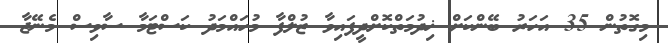
މިގޮތުން 35 އަހަރު ބޭންކަށް ޚިދުމަތްކޮށްދީފައިވާ ޒުލްފާ މުހައްމަދު ކަސްޓަމާ ސާވިސް މެނޭޖާ